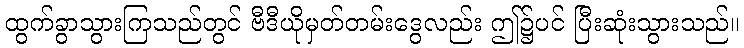
ထွက်ခွာသွားကြသည်တွင် ဗီဒီယိုမှတ်တမ်းဒွေလည်း ဤ၌ပင် ပြီးဆုံးသွားသည်။